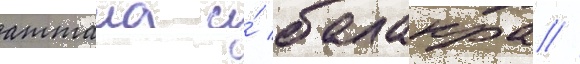
аттала и́ балакра //